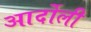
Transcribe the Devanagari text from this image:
आर्दोली